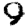
Digit: 9